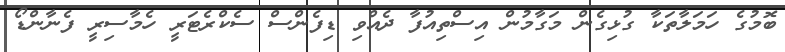
ބޮމުގެ ހަމަލާތަކާ ގުޅިގެން މަގާމުން އިސްތިއުފާ ދެއްވި ޑިފެންސް ސެކްރެޓަރީ ހެމާސިރީ ފެނާންޑޯ